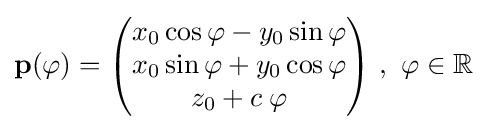
\mathbf {p} (\varphi )={\begin{pmatrix}x_{0}\cos \varphi -y_{0}\sin \varphi \\x_{0}\sin \varphi +y_{0}\cos \varphi \\z_{0}+c\;\varphi \end{pmatrix}}\ ,\ \varphi \in \mathbb {R} \